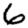
Digit: 6